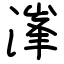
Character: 溄